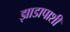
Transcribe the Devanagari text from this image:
झाडापाशी